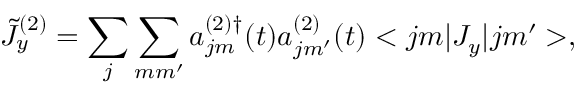
\tilde { J } _ { y } ^ { ( 2 ) } = \sum _ { j } \sum _ { m m ^ { \prime } } a _ { j m } ^ { ( 2 ) \dag } ( t ) a _ { j m ^ { \prime } } ^ { ( 2 ) } ( t ) < j m | { \cal J } _ { y } | j m ^ { \prime } > ,